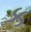
ક